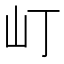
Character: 𡴵